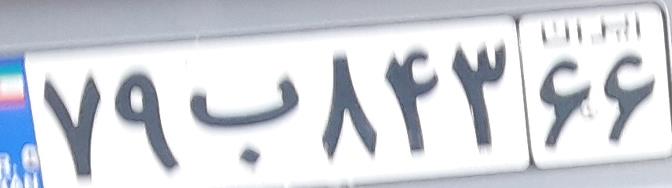
۷۹ب۸۴۳۶۶